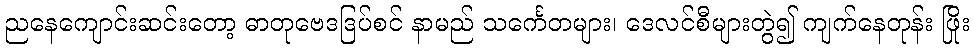
ညနေကျောင်းဆင်းတော့ ဓာတုဗေဒဒြပ်စင် နာမည် သင်္ကေတများ၊ ဒေလင်စီများတွဲ၍ ကျက်နေတုန်း ဖြိုး